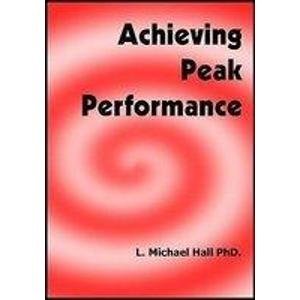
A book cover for Achieving Peak Performance; Michael Hall; Self-Help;